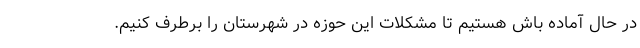
در حال آماده باش هستیم تا مشکلات این حوزه در شهرستان را برطرف کنیم.